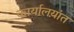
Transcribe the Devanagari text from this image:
कार्यालय़ांत